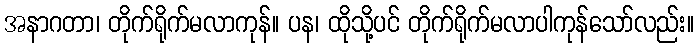
အနာဂတာ၊ တိုက်ရိုက်မလာကုန်။ ပန၊ ထိုသို့ပင် တိုက်ရိုက်မလာပါကုန်သော်လည်း။